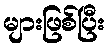
များဖြစ်ပြီး